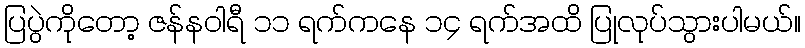
ပြပွဲကိုတော့ ဇန်နဝါရီ ၁၁ ရက်ကနေ ၁၄ ရက်အထိ ပြုလုပ်သွားပါမယ်။